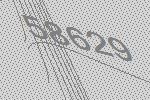
58629